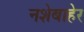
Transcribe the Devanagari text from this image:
नशेबाहेर